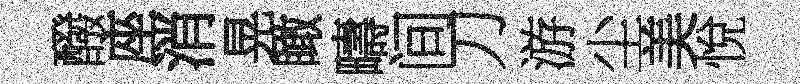
醱座消晃瞰疇间刀游尘美悅